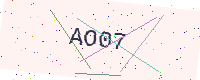
Text: AO07